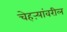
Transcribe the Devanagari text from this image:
चेहऱ्यांवरील